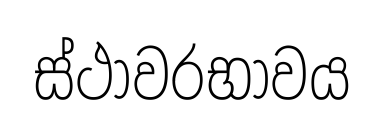
ස්ථාවරභාවය